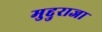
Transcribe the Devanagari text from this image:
मुद्दुराजा